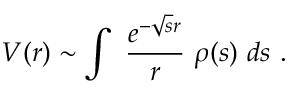
V ( r ) \sim \int ~ { \frac { e ^ { - \sqrt { s } r } } { r } } ~ \rho ( s ) ~ d s ~ .